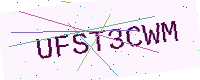
Text: UFST3CWM